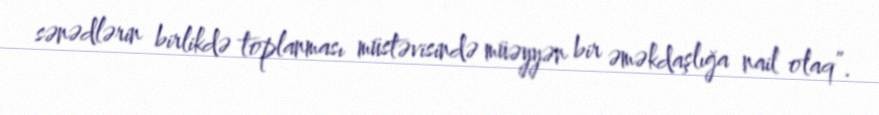
sənədlərin birlikdə toplanması müstəvisində müəyyən bir əməkdaşlığa nail olaq”.